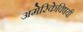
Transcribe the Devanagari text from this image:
अमेरिकेविषयी